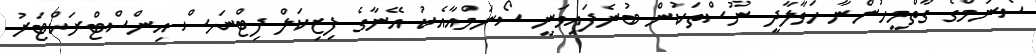
ސޯނަމްގެ ގާތްމީހުންނާ ހަވާލާދީ ނޫސްތަކުން ބުނެފައިވަނީ ސޯނަމްއާއެކު އޭނާގެ ފިޒިކަލް ފިޓްނަސް އިންސްޓްރަކްޓަރު